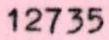
12735